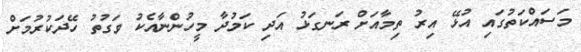
މަސައްކަތުގައި އުޅޭ އިރު ތިމާއަށް ރަނގަޅު އަދި ކަމުދާ މީހުންނާއެކު ވަގުތު ހޭދަކުރުމަށް